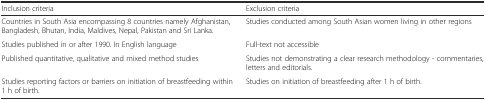
| Inclusion criteria | Exclusion criteria |
 | --- | --- |
 | Countries in South Asia encompassing 8 countries namely Afghanistan, Bangladesh, Bhutan, India, Maldives, Nepal, Pakistan and Sri Lanka. | Studies conducted among South Asian women living in other regions |
 | Studies published in or after 1990. In English language | Full-text not accessible |
 | Published quantitative, qualitative and mixed method studies | Studies not demonstrating a clear research methodology - commentaries, letters and editorials. |
 | Studies reporting factors or barriers on initiation of breastfeeding within 1 h of birth. | Studies on initiation of breastfeeding after 1 h of birth. |